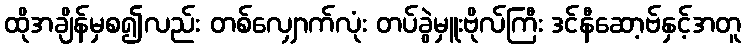
ထိုအချိန်မှစ၍လည်း တစ်လျှောက်လုံး တပ်ခွဲမှူးဗိုလ်ကြီး ဒင်နီဆော့ဗ်နှင့်အတူ